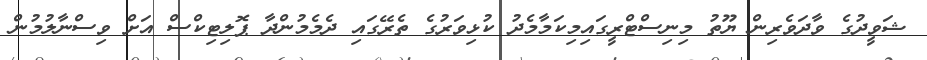
ޝަވީދުގެ ވާދަވެރިން ޔޫތު މިނިސްޓްރީގައިމިކަމާމެދު ކުޅިވަރުގެ ތެރޭގައި ދެމެމުންދާ ޕޮލިޓިކްސް އަށް ވިސްނާލުމުން